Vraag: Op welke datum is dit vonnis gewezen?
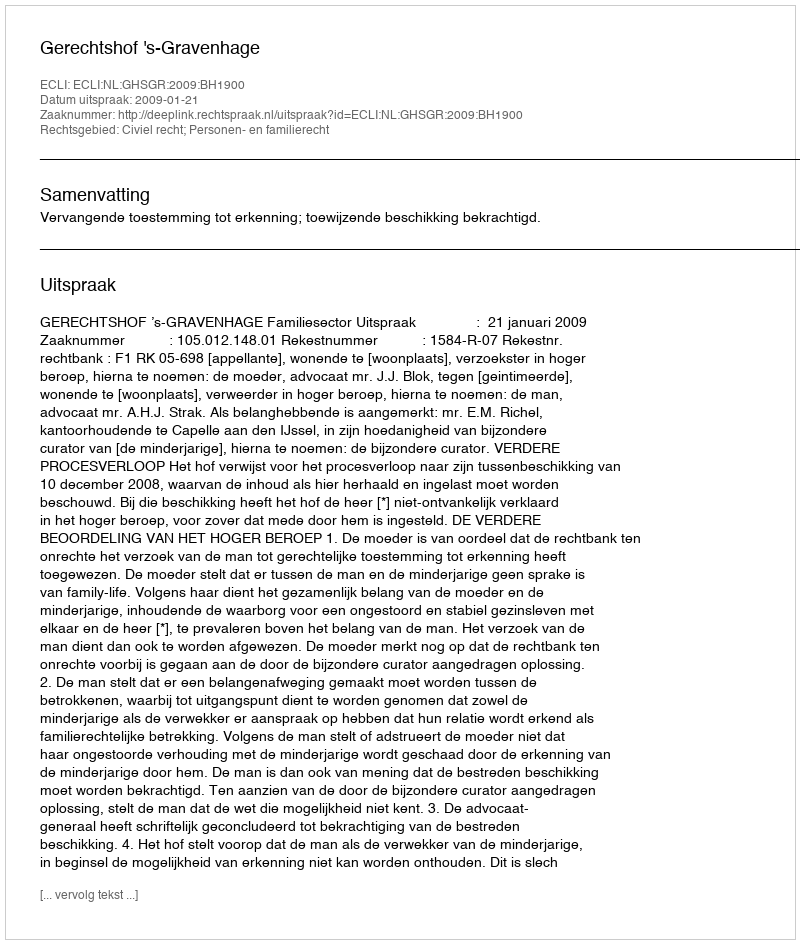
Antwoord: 2009-01-21